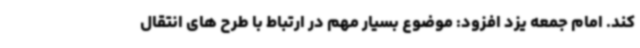
کند. امام جمعه یزد افزود: موضوع بسیار مهم در ارتباط با طرح های انتقال